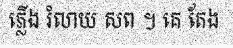
ភ្លើង រំលាយ សព ។ គេ តែង